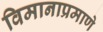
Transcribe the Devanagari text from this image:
विमानाप्रमाणे